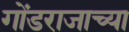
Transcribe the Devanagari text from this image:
गोंडराजाच्या